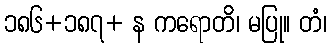
၁၈၆+၁၈၇+ န ကရောတိ၊ မပြု။ တံ၊